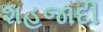
શહજાદી